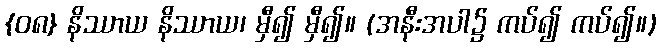
{၀၈} နိဿာယ နိဿာယ၊ မှီ၍ မှီ၍။ (အနီးအပါ၌ ကပ်၍ ကပ်၍။)